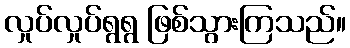
လှုပ်လှုပ်ရွရွ ဖြစ်သွားကြသည်။